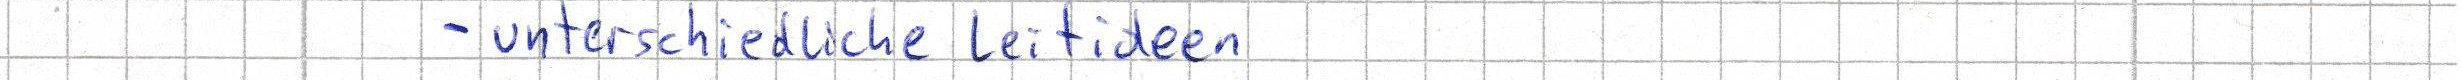
- unterschiedliche Leitideen